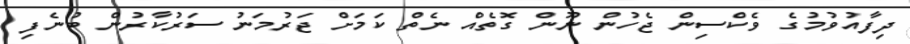
ދިފާއުވުމުގެ ވެކްސިން ޖެހުން ނޫން ގޮތެއް ނެތް ކަމަށް ޖަރުމަނު ސަރުކާރުން ބުނެފި